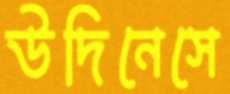
উদিনেসে